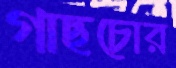
গাছচোর